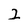
Character: 2